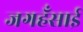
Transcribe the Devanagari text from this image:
जगहँसाई